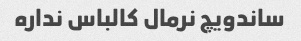
ساندویچ نرمال کالباس نداره